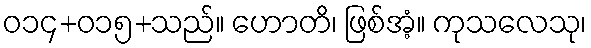
ဝ၁၄+၀၁၅+သည်။ ဟောတိ၊ ဖြစ်အံ့။ ကုသလေသု၊